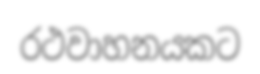
රථවාහනයකට